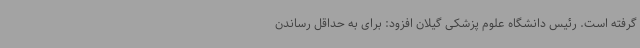
گرفته است. رئیس دانشگاه علوم پزشکی گیلان افزود: برای به حداقل رساندن